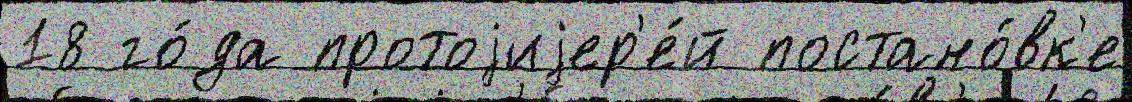
18 го́да протоjиjер'е́й постано́вк'е